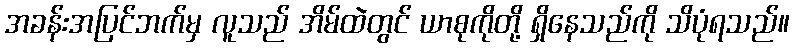
အခန်းအပြင်ဘက်မှ လူသည် အိမ်ထဲတွင် ယာစုကိုတို့ ရှိနေသည်ကို သိပုံရသည်။